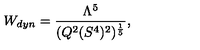
W _ { d y n } = \frac { \Lambda ^ { 5 } } { ( Q ^ { 2 } ( S ^ { 4 } ) ^ { 2 } ) ^ { \frac { 1 } { 5 } } } ,